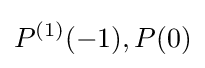
P^{(1)}(-1),P(0)